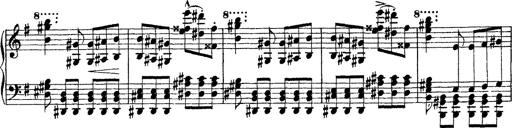
Title: Morceau de Salon
Composer: Josef Adalbert Pacher
Key: D-flat major